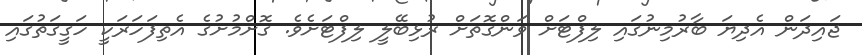
ޖައިދަން އެދިޔަ ބާރުމިނުގައި ލިފްޓަށް ވަންގޮތަށް ރުޅިބޭލީ ލިފްޓަށެވެ. ގޮށްމުށުގެ އެތިފަހަރަކީ ހަގީގަތުގައި